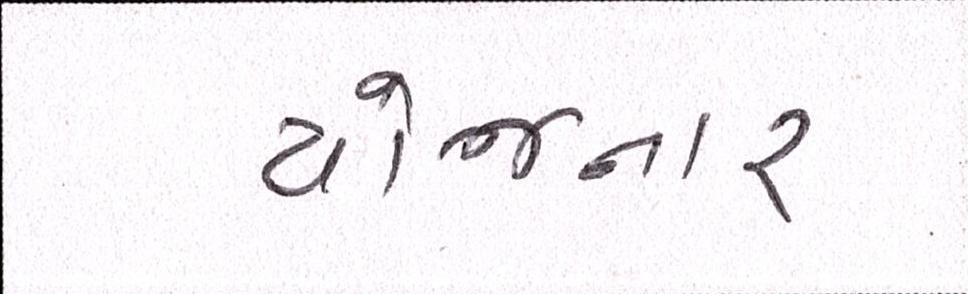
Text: યોજનાર